65_HS1-834228961_62-HQ-83894_Section_6
Agency: FBI
Page 23
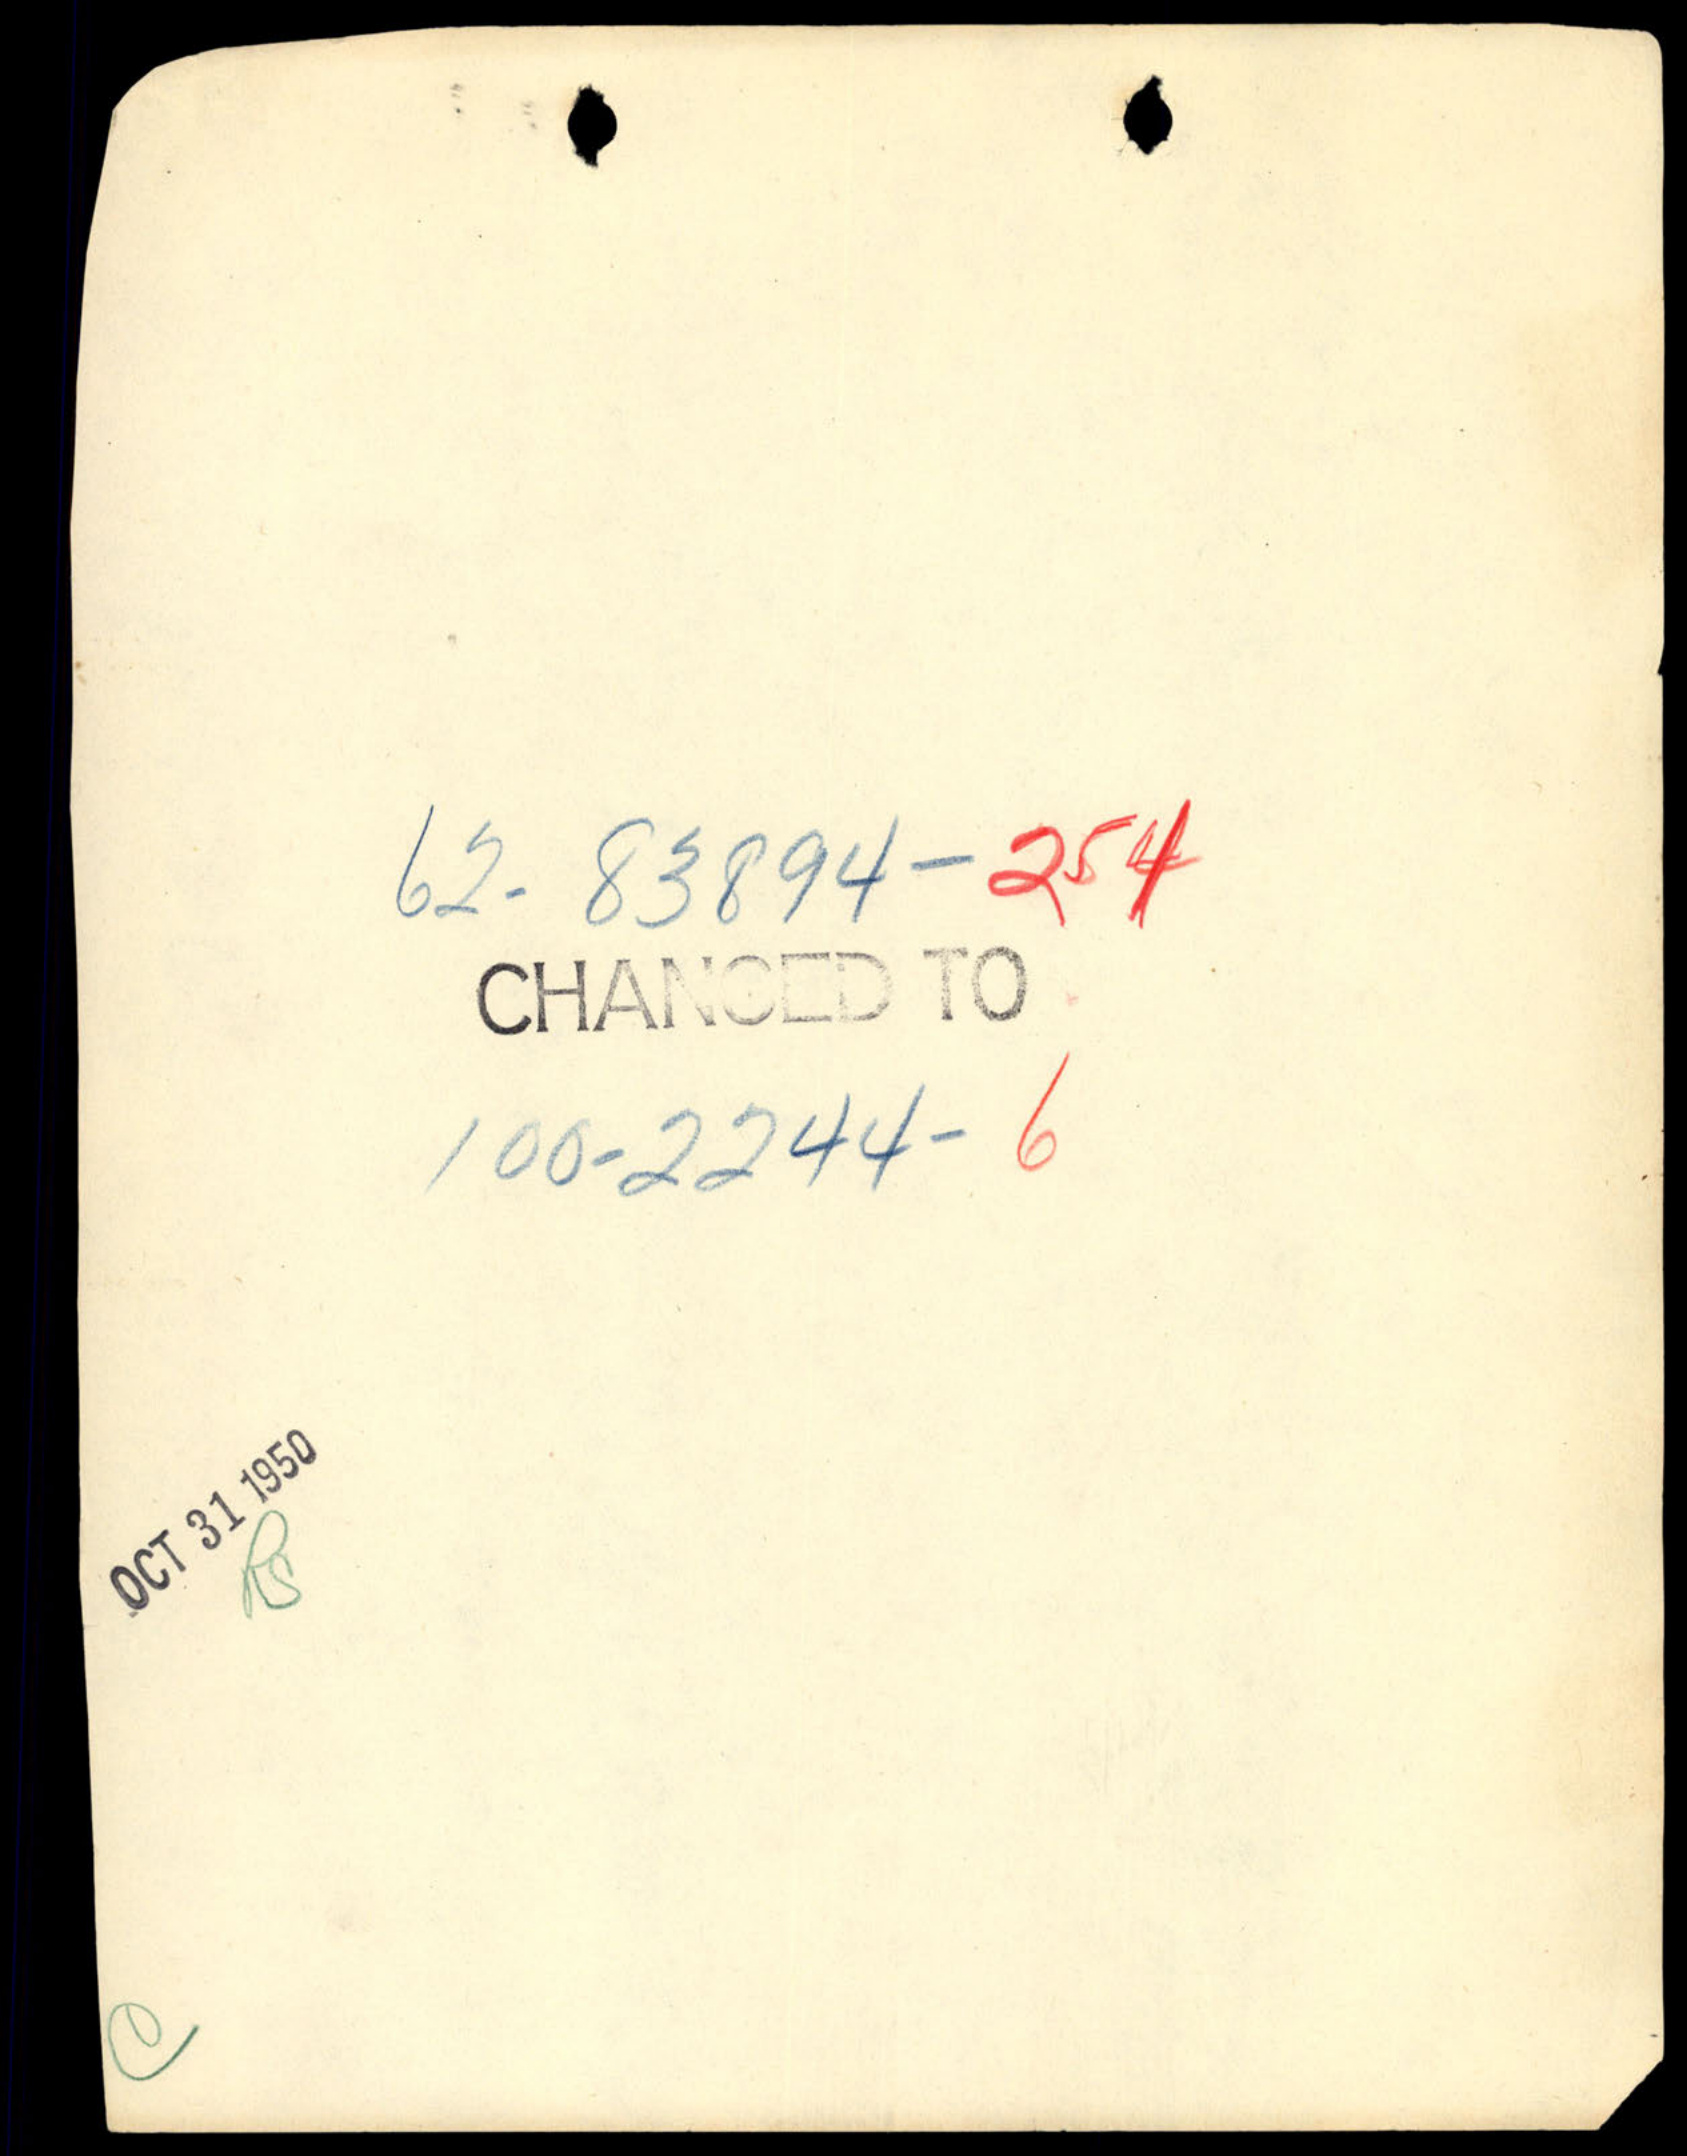